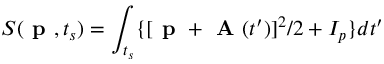
S ( \textbf { p } , t _ { s } ) = \int _ { t _ { s } } \{ { [ \textbf { p } + \textbf { A } ( t ^ { \prime } } ) ] ^ { 2 } / 2 + I _ { p } \} d t ^ { \prime }